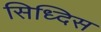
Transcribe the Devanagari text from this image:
सिध्दिस